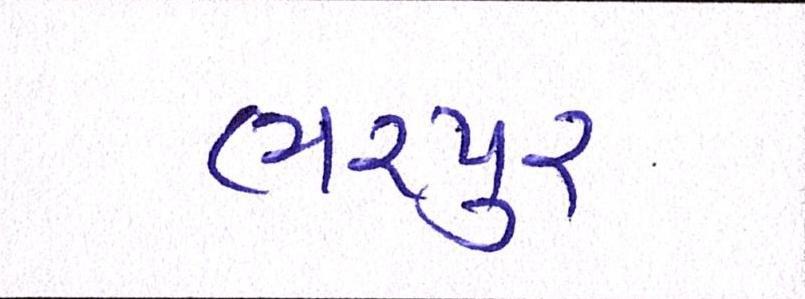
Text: ભરપુર